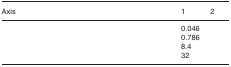
<table><thead><tr><td><b>Axis</b></td><td><b>1</b></td><td><b>2</b></td></tr></thead><tbody><tr><td>[EMPTY_CELL]</td><td>0.046</td><td>[EMPTY_CELL]</td></tr><tr><td>[EMPTY_CELL]</td><td>0.786</td><td>[EMPTY_CELL]</td></tr><tr><td>[EMPTY_CELL]</td><td>8.4</td><td>[EMPTY_CELL]</td></tr><tr><td>[EMPTY_CELL]</td><td>32</td><td>[EMPTY_CELL]</td></tr></tbody></table>